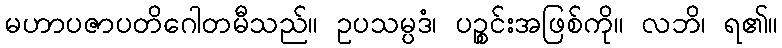
မဟာပဇာပတိဂေါတမီသည်။ ဥပသမ္ပဒံ၊ ပဉ္စင်းအဖြစ်ကို။ လဘိ၊ ရ၏။